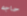
حاجه